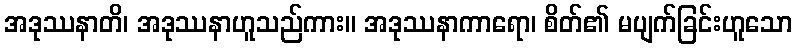
အဒုဿနာတိ၊ အဒုဿနာဟူသည်ကား။ အဒုဿနာကာရော၊ စိတ်၏ မပျက်ခြင်းဟူသော